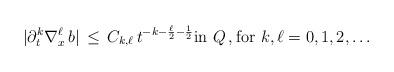
LaTeX: \begin{align*} |\partial_t^k\nabla_x^\ell \,b| \,\le\, C_{k,\ell} \,t^{-k-\frac{\ell}{2}-\frac12} \hbox{in }Q\,, \hbox{for }k,\ell = 0,1,2,\dots\end{align*}